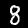
Digit: 8